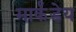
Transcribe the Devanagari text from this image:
मार्कंंडेय